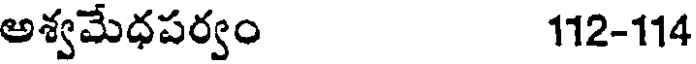
అశ్వమేధపర్వం 112-114